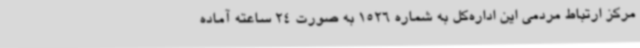
مرکز ارتباط مردمی این اداره‌کل به شماره 1526 به ‌صورت 24 ساعته آماده